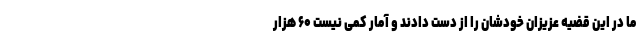
ما در این قضیه عزیزان خودشان را از دست دادند و آمار کمی نیست ۶۰ هزار